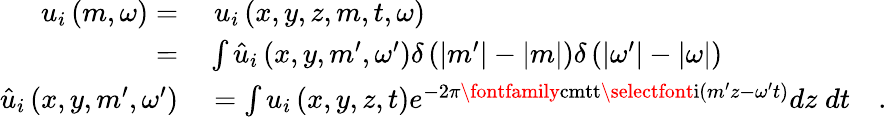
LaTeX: \begin{array}{rl}{u_{i}\left(m,\omega\right)=}&{{}\; u_{i}\left(x,y,z,m,t,\omega\right)}\\ {=}&{{}\int\hat{u}_{i}\left(x,y,m^{\prime},\omega^{\prime}\right)\delta\left(|m^{\prime}|-|m|\right)\delta\left(|\omega^{\prime}|-|\omega|\right)}\\ {\hat{u}_{i}\left(x,y,m^{\prime},\omega^{\prime}\right)}&{{}=\int u_{i}\left(x,y,z,t\right)e^{-2\pi\textrm{\fontfamily{cmtt}\selectfont i}\left(m^{\prime}z-\omega^{\prime}t\right)}dz\; dt\quad\textrm{.}}\end{array}